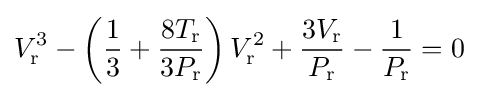
V_{\text{r}}^{3}-\left({\frac {1}{3}}+{\frac {8T_{\text{r}}}{3P_{\text{r}}}}\right)V_{\text{r}}^{2}+{\frac {3V_{\text{r}}}{P_{\text{r}}}}-{\frac {1}{P_{\text{r}}}}=0